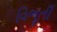
વિભૂતી